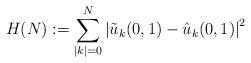
LaTeX: \begin{align*}H(N):=\sum_{|k|=0}^{N} \left| \tilde{u}_k(0,1)- \hat{u}_k(0,1)\right|^2\end{align*}